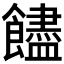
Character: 𩟝